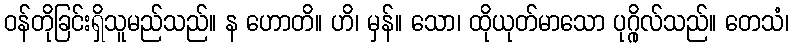
ဝန်တိုခြင်းရှိသူမည်သည်။ န ဟောတိ။ ဟိ၊ မှန်။ သော၊ ထိုယုတ်မာသော ပုဂ္ဂိုလ်သည်။ တေသံ၊